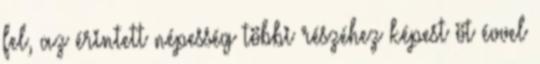
fel, az érintett népesség többi részéhez képest öt évvel